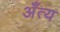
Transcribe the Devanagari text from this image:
अँत्य